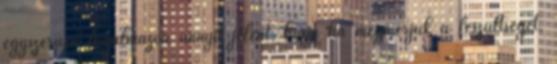
egyszerűen fogalmazva annyit jelent, hogy ha megmérjük a feszültségét,